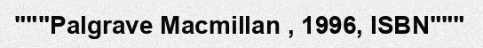
"""Palgrave Macmillan , 1996, ISBN"""